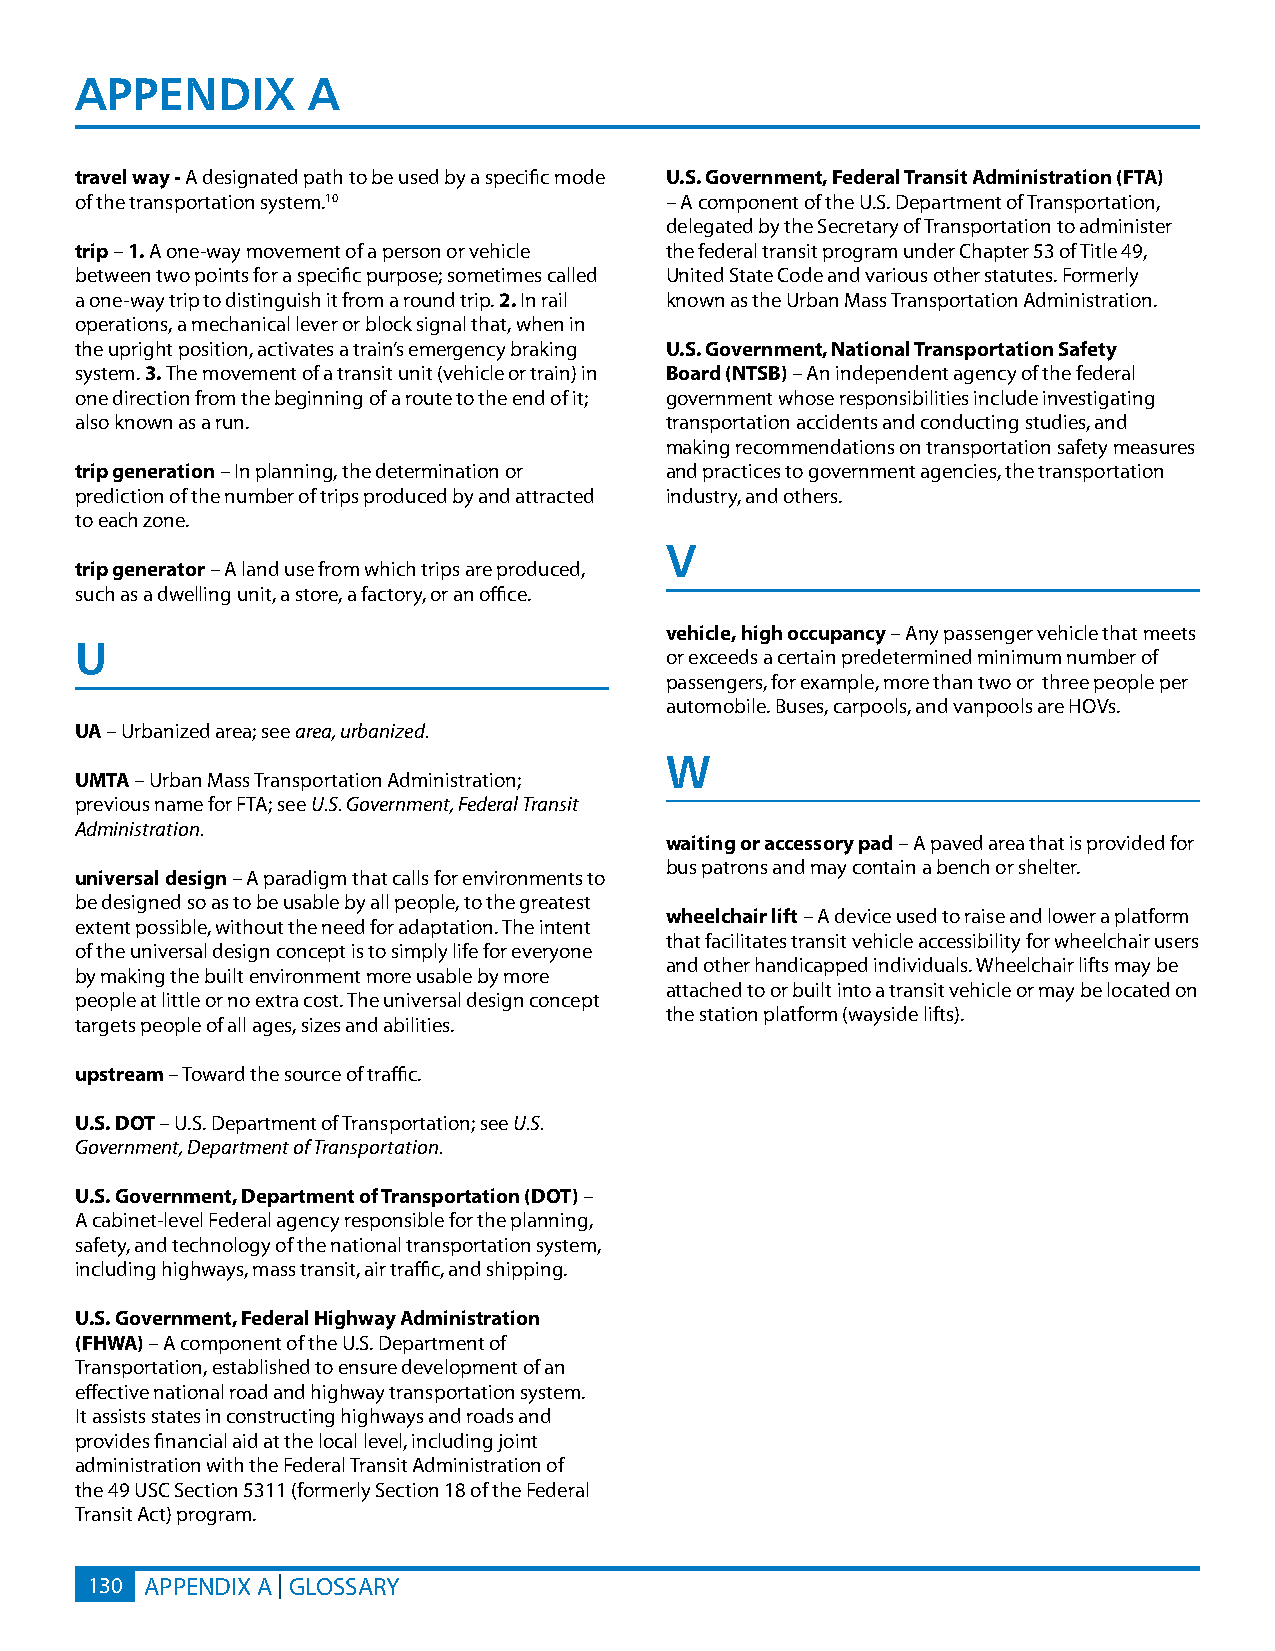
APPENDIx       A
 travel way - A designated path to be used by a specific mode U.S. Government, Federal Transit Administration (FTA)
 of the transportation system.10        – A component of the U.S. Department of Transportation,
 delegated by the Secretary of Transportation to administer
 trip – 1. A one-way movement of a person or vehicle the federal transit program under Chapter 53 of Title 49,
 between two points for a specific purpose; sometimes called United State Code and various other statutes. Formerly
 a one-way trip to distinguish it from a round trip. 2. In rail known as the Urban Mass Transportation Administration.
 operations, a mechanical lever or block signal that, when in
 the upright position, activates a train’s emergency braking U.S. Government, National Transportation Safety
 system. 3. The movement of a transit unit (vehicle or train) in Board (NTSB) – An independent agency of the federal
 one direction from the beginning of a route to the end of it; government whose responsibilities include investigating
 also known as a run.                   transportation accidents and conducting studies, and
 making recommendations on transportation safety measures
 trip generation – In planning, the determination or and practices to government agencies, the transportation
 prediction of the number of trips produced by and attracted industry, and others.
 to each zone.
 v
 trip generator – A land use from which trips are produced,
 such as a dwelling unit, a store, a factory, or an office.
 vehicle, high occupancy – Any passenger vehicle that meets
 U
 or exceeds a certain predetermined minimum number of
 passengers, for example, more than two or three people per
 automobile. Buses, carpools, and vanpools are HOVs.
 UA – Urbanized area; see area, urbanized.
 W
 UMTA – Urban Mass Transportation Administration;
 previous name for FTA; see U.S. Government, Federal Transit
 Administration.
 waiting or accessory pad – A paved area that is provided for
 bus patrons and may contain a bench or shelter.
 universal design – A paradigm that calls for environments to
 be designed so as to be usable by all people, to the greatest
 wheelchair lift – A device used to raise and lower a platform
 extent possible, without the need for adaptation. The intent
 that facilitates transit vehicle accessibility for wheelchair users
 of the universal design concept is to simply life for everyone
 and other handicapped individuals. Wheelchair lifts may be
 by making the built environment more usable by more
 attached to or built into a transit vehicle or may be located on
 people at little or no extra cost. The universal design concept
 the station platform (wayside lifts).
 targets people of all ages, sizes and abilities.
 upstream – Toward the source of traffic.
 U.S. DOT – U.S. Department of Transportation; see U.S.
 Government, Department of Transportation.
 U.S. Government, Department of Transportation (DOT) –
 A cabinet-level Federal agency responsible for the planning,
 safety, and technology of the national transportation system,
 including highways, mass transit, air traffic, and shipping.
 U.S. Government, Federal Highway Administration
 (FHWA) – A component of the U.S. Department of
 Transportation, established to ensure development of an
 effective national road and highway transportation system.
 It assists states in constructing highways and roads and
 provides financial aid at the local level, including joint
 administration with the Federal Transit Administration of
 the 49 USC Section 5311 (formerly Section 18 of the Federal
 Transit Act) program.
 130 APPENDIX A | GLOSSARY